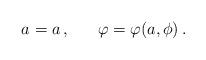
LaTeX: \begin{align*}a = a\,, \ \ \ \ \ \varphi = \varphi(a, \phi)\,.\end{align*}